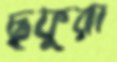
ছফুরা